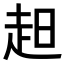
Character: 𧺝